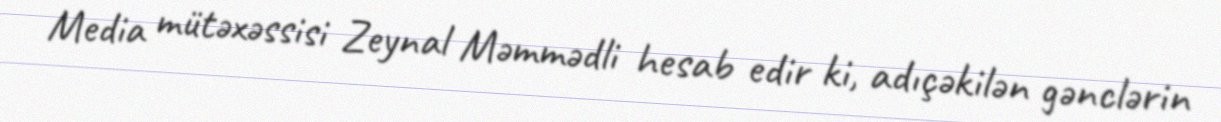
Media mütəxəssisi Zeynal Məmmədli hesab edir ki, adıçəkilən gənclərin